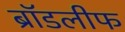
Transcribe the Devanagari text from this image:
ब्रॉडलीफ